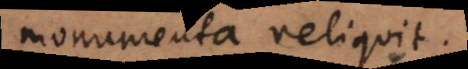
monumenta reliquit.